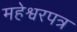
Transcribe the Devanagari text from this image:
महेश्वरपत्र